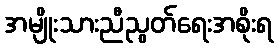
အမျိုးသားညီညွတ်ရေးအစိုးရ